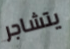
يتشاجر